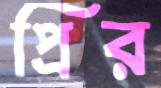
প্রির